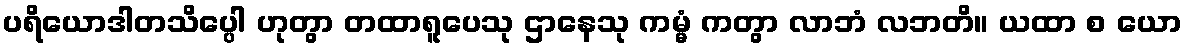
ပရိယောဒါတသိပ္ပေါ ဟုတွာ တထာရူပေသု ဌာနေသု ကမ္မံ ကတွာ လာဘံ လဘတိ။ ယထာ စ ယော